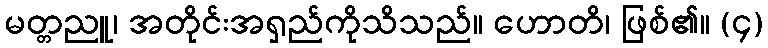
မတ္တညူ၊ အတိုင်းအရှည်ကိုသိသည်။ ဟောတိ၊ ဖြစ်၏။ (၄)